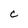
Character: c